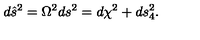
d { \hat { s } } ^ { 2 } = \Omega ^ { 2 } d s ^ { 2 } = d \chi ^ { 2 } + d s _ { 4 } ^ { 2 } .